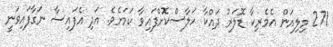
271 މިލިއަން އެމެރިކާ ޑޮލަރު ދައްކާ ހަލާސްކޮށްފައިވާ ކަމަށެވެ. އަދި އެފައިސާ ނަގާފައިވަނީ